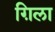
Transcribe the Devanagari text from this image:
ग़िला